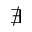
\nexists